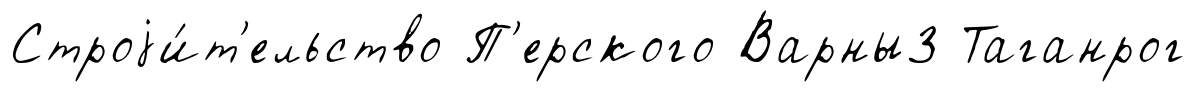
Строjи́т'ельство П'ерского Варны3 Таганрог